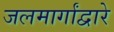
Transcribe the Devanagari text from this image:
जलमार्गांद्वारे